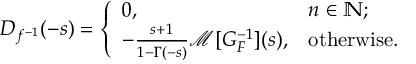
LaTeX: D _ { f ^ { - 1 } } ( - s ) = { \left\{ \begin{array} { l l } { 0 , } & { n \in \mathbb { N } ; } \\ { - { \frac { s + 1 } { 1 - \Gamma ( - s ) } } { \mathcal { M } } [ G _ { F } ^ { - 1 } ] ( s ) , } & { { \mathrm { o t h e r w i s e . } } } \end{array} \right. }